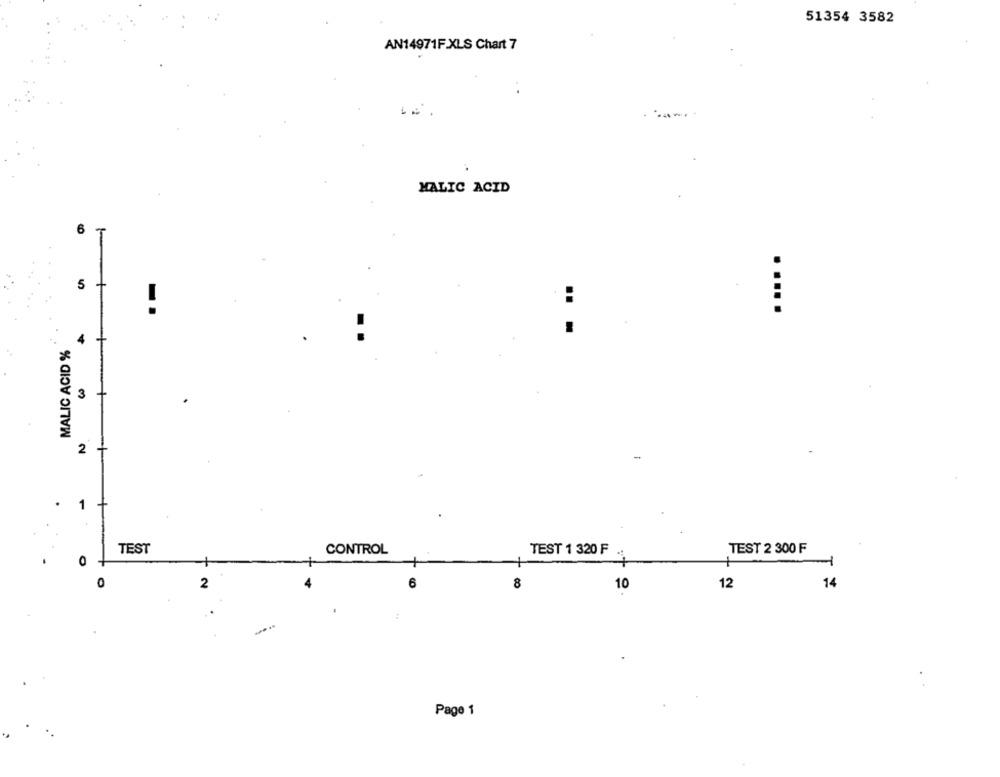
51354 3582
AN14971F.XLS Chart 7
MALIC ACID
6
5
:
MALIC ACID %
3
2
-
.
1
TEST
CONTROL
TEST 1 320 F
TEST 2 300 F
0
12
14
2
6
8
10
Page 1